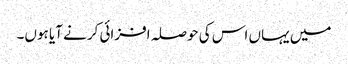
میں یہاں اس کی حوصلہ افزائی کرنے آیا ہوں۔